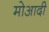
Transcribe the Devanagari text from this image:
मोआदी